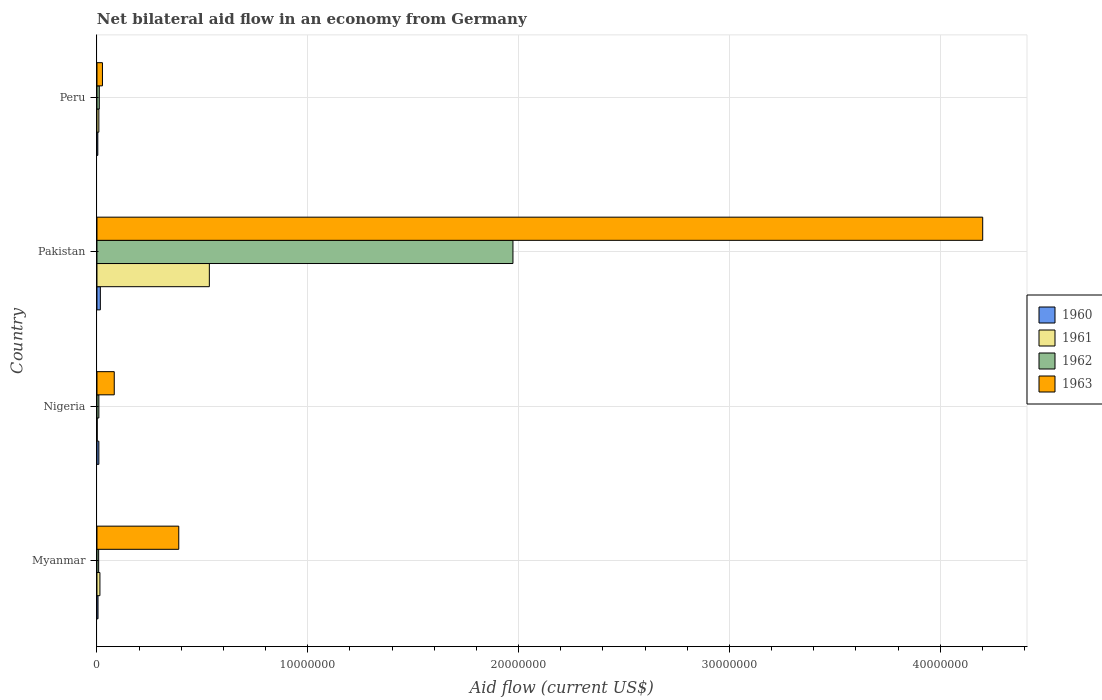
| Country | 1960 | 1961 | 1962 | 1963 |
 | --- | --- | --- | --- | --- |
 | Myanmar | 5e+04 | 1.4e+05 | 8e+04 | 3.88e+06 |
 | Nigeria | 9e+04 | 1e+04 | 9e+04 | 8.2e+05 |
 | Pakistan | 1.6e+05 | 5.33e+06 | 1.97e+07 | 4.2e+07 |
 | Peru | 4e+04 | 9e+04 | 1.1e+05 | 2.6e+05 |